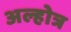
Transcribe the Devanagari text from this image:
अल्होत्र